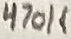
Text: 470K